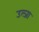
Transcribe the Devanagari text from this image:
उल्जा